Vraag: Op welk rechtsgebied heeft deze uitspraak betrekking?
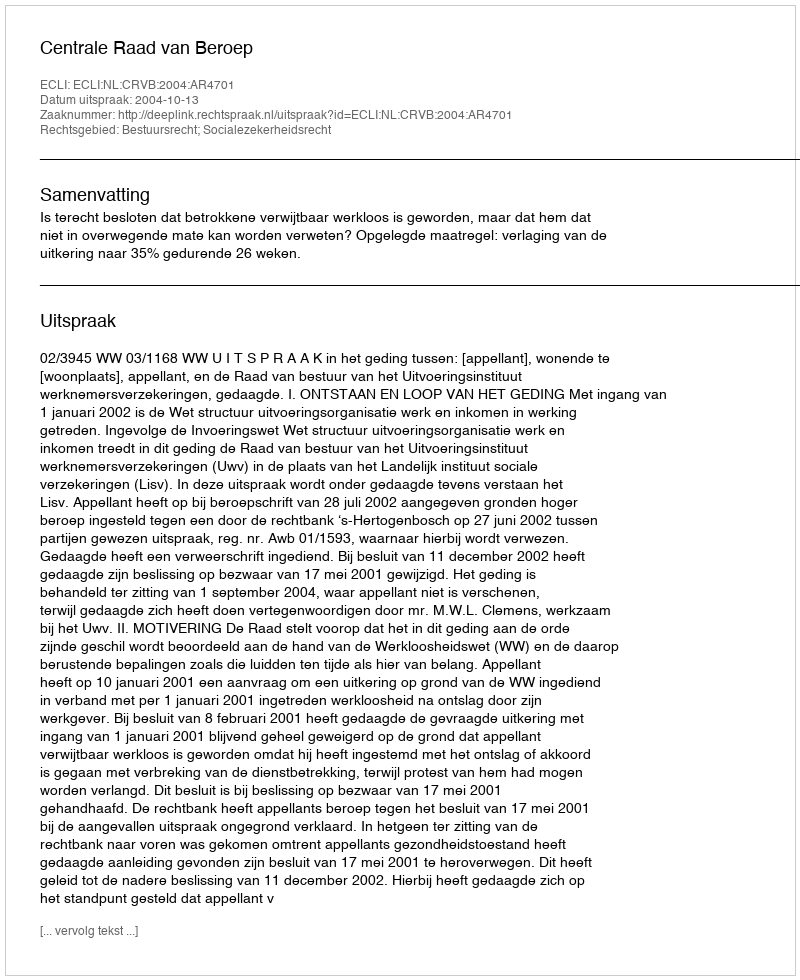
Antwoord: Bestuursrecht; Socialezekerheidsrecht